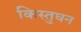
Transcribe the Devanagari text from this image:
किस्तुघन